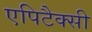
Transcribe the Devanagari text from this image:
एपिटैक्सी